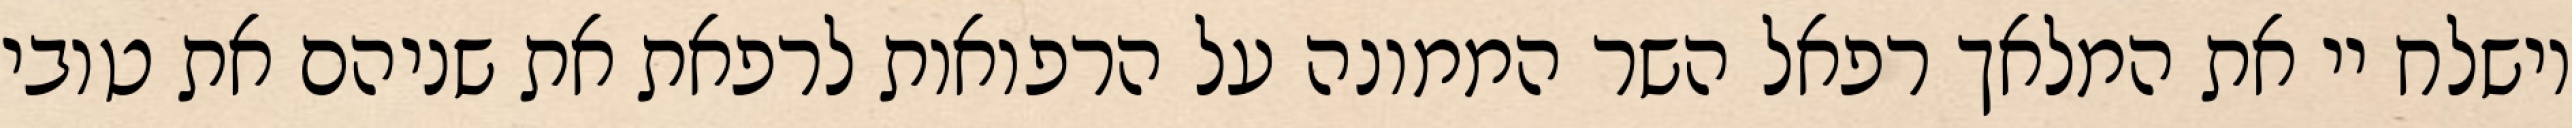
וישלח יי את המלאך רפאל השר הממונה על הרפואות לרפאת את שניהם את טובי